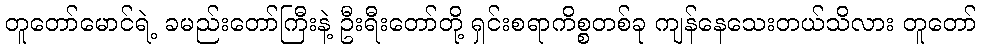
တူတော်မောင်ရဲ့ ခမည်းတော်ကြီးနဲ့ ဦးရီးတော်တို့ ရှင်းစရာကိစ္စတစ်ခု ကျန်နေသေးတယ်သိလား တူတော်